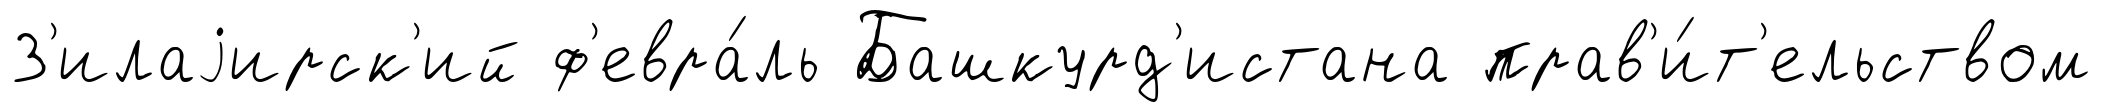
З'илаjирск'ий ф'евра́ль Башкурд'истана прав'и́т'ельством